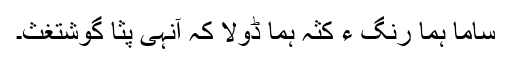
ساما ہما رنگ ءَ کثہ ہما ڈولا کہ آنہی پثا گوشتغث۔